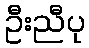
ဦးညီပု